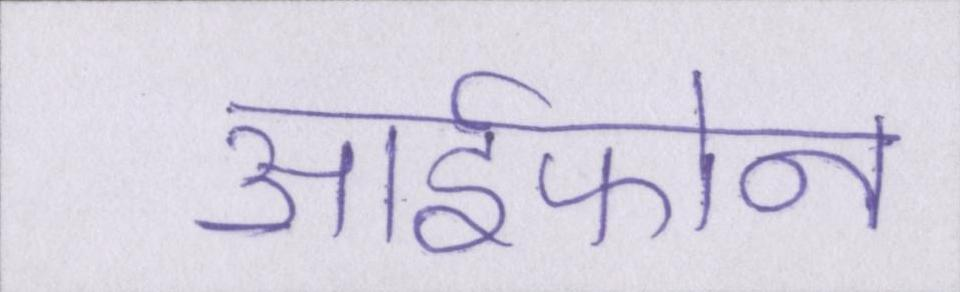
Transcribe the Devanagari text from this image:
आईफोन